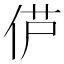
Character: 𫢠